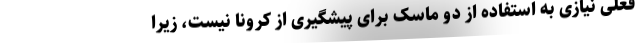
فعلی نیازی به استفاده از دو ماسک برای پیشگیری از کرونا نیست، زیرا